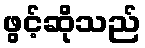
ဖွင့်ဆိုသည်